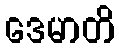
ဒေမာတိ